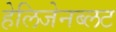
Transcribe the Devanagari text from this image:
हेलिजेनब्लट